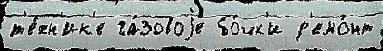
т'е́хн'ик'е га́зовоjе бо́чк'и р'емо́нт